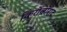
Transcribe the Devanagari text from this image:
किरोव्होराद